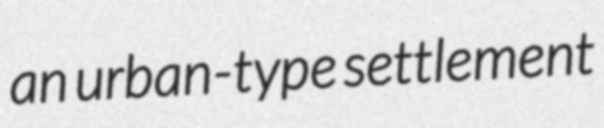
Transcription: an urban-type settlement